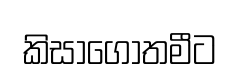
කිසාගෝතමීට